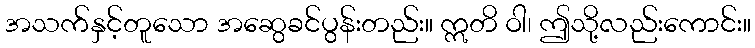
အသက်နှင့်တူသော အဆွေခင်ပွန်းတည်း။ ဣတိ ဝါ၊ ဤသို့လည်းကောင်း။